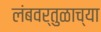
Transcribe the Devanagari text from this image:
लंबवर्तुळाच्या